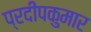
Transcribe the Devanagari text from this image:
प्रदीपकुमार